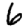
Digit: 6